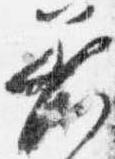
着